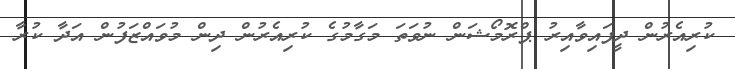
ކުރިއެރުން ދީފައިވާއިރު ޕްރޮމޯޝަން ނުވަތަ މަގާމުގެ ކުރިއެރުން ދިން މުވައްޒަފުން އަދާ ކުރާ